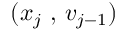
( x _ { j } \mathrm { ~ , ~ } v _ { j - 1 } )